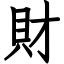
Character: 財